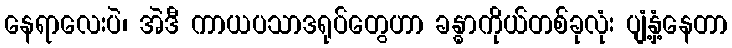
နေရာလေးပဲ၊ အဲဒီ ကာယပသာဒရုပ်တွေဟာ ခန္ဓာကိုယ်တစ်ခုလုံး ပျံ့နှံ့နေတာ